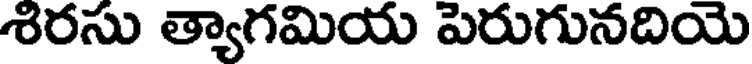
శిరసు త్యాగమియ పెరుగునదియె